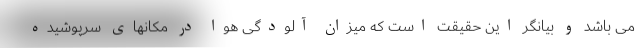
می باشد و بیانگر این حقیقت است که میزان آلودگی هوا در مکانهای سرپوشیده